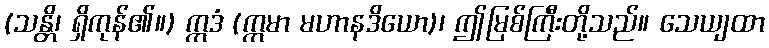
(သန္တိ၊ ရှိကုန်၏။) ဣဒံ (ဣမာ မဟာနဒိယော)၊ ဤမြစ်ကြီးတို့သည်။ သေယျထာ